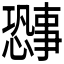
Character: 𫻐